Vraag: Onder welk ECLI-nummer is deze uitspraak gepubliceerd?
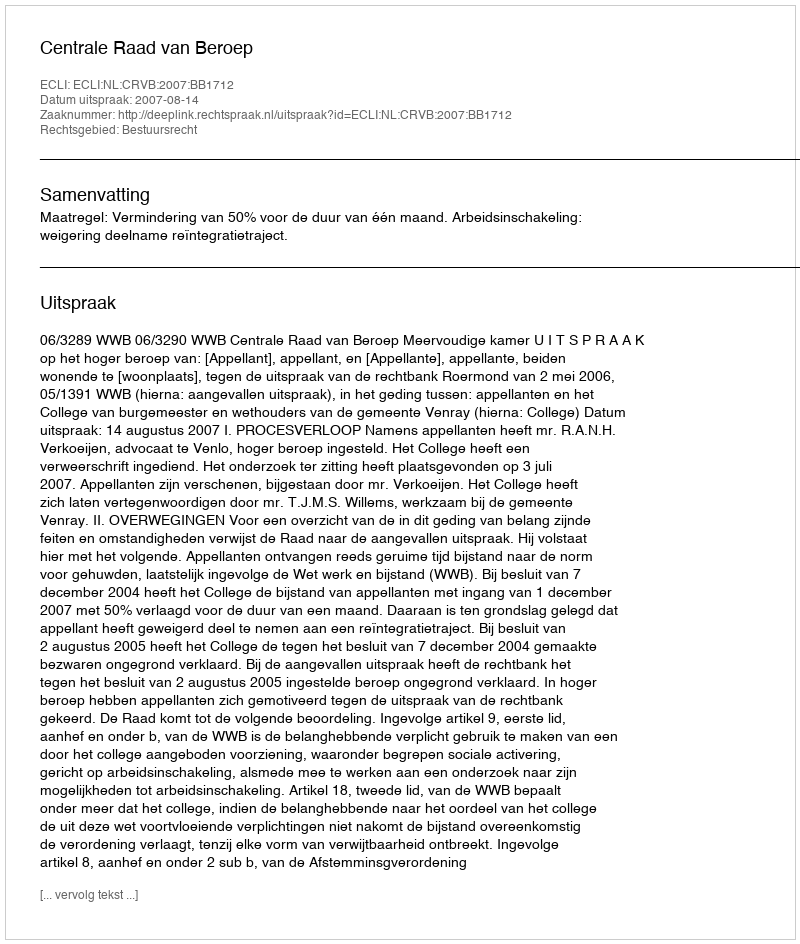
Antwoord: ECLI:NL:CRVB:2007:BB1712